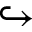
\hookrightarrow